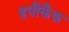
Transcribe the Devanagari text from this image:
इपीकैक